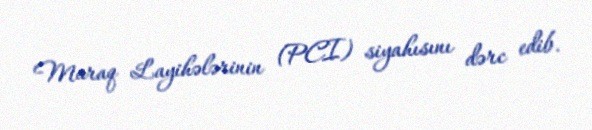
Maraq Layihələrinin (PCI) siyahısını dərc edib.